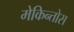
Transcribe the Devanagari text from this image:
मेकिन्तोस